Account of plague administration in the Bombay Presidency from September 1896 till May 1897
Year: 1896
Disease focus: Plague
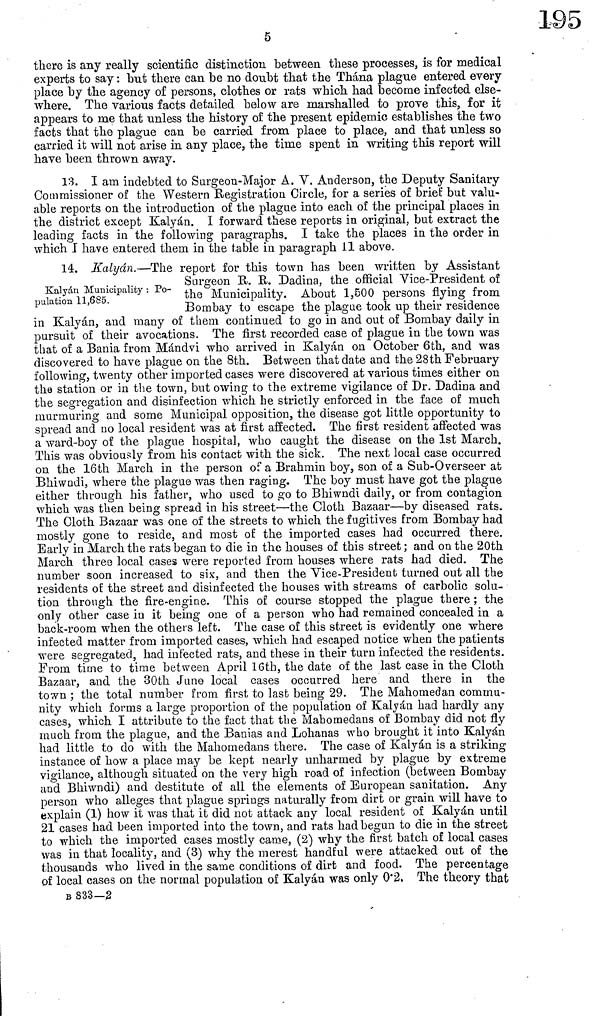
5
there is any really scientific distinction between these processes, is for medical
experts to say : but there can be no doubt that the Thána plague entered every
place by the agency of persons, clothes or rats which had become infected else-
where. The various facts detailed below are marshalled to prove this, for it
appears to me that unless the history of the present epidemic establishes the two
facts that the plague can be carried from place to place, and that unless so
carried it will not arise in any place, the time spent in writing this report will
have been thrown away.
13. I am indebted to Surgeon-Major A. Y. Anderson, the Deputy Sanitary
Commissioner of the Western Registration Circle, for a series of briet' but valu-
able reports on the introduction of the plague into each of the principal places in
the district except Kalyán. I forward these reports in original, but extract the
leading facts in the following paragraphs. I take the places in the order in
which I have entered them in the table in paragraph 11 above.
Kalyán Municipality : Po-
pulation 11,685.
14. Kalyán.—The report for this town has been written by Assistant
Surgeon R. R. Dadina, the official Vice-President of
the Municipality. About 1,500 persons flying from
Bombay to escape the plague took up their residence
in Kalyán, and many of them continued to go in and out of Bombay daily in
pursuit of their avocations. The first recorded case of plague in the town was
that of a Bania from Mándvi who arrived in Kalyán on October 6th, and was
discovered to have plague on the 8th. Between that date and the 28th February
following, twenty other imported cases were discovered at various times either on
the station or in the town, but owing to the extreme vigilance of Dr. Dadina and
the segregation and disinfection which he strictly enforced in the face of much
murmuring and some Municipal opposition, the disease got little opportunity to
spread and no local resident was at first affected. The first resident affected was
a ward-boy of the plague hospital, who caught the disease on the 1st March.
This was obviously from his contact with the sick. The next local case occurred
on the 16th March in the person of a Brahmin boy, son of a Sub-Overseer at
Bhiwndi, where the plague was then raging. The boy must have got the plague
either through his father, who used to go to Bhiwndi daily, or from contagion
which was then being spread in his street—the Cloth Bazaar—by diseased rats.
The Cloth Bazaar was one of the streets to which the fugitives from Bombay had
mostly gone to reside, and most of the imported cases had occurred there.
Early in March the rats began to die in the houses of this street ; and on the 20th
March three local cases were reported from houses where rats had died. The
number soon increased to six, and then the Vice-Président turned out all the
residents of the street and disinfected the houses with streams of carbolic solu-
tion through the fire-engine. This of course stopped the plague there ; the
only other case in it being one of a person who had remained concealed in a
back-room when the others left. The case of this street is evidently one where
infected matter from imported cases, which had escaped notice when the patients
were segregated, had infected rats, and these in their turn infected the residents.
From time to time between April 16th, the date of the last case in the Cloth
Bazaar, and the 30th June local cases occurred here and there in the
town ; the total number from first to last being 29. The Mahomedan commu-
nity which forms a large proportion of the population of Kalyán had hardly any
cases, which I attribute to the fact that the Mahomedans of Bombay did not fly
much from the plague, and the Banias and Lohanas who brought it into Kalyán
had little to do with the Mahomedans there. The case of Kalyán is a striking
instance of how a place may be kept nearly unharmed by plague by extreme
vigilance, although situated on the very high road of infection (between Bombay
and Bhiwndi) and destitute of all the elements of European sanitation. Any
person who alleges that plague springs naturally from dirt or grain will have to
explain (1) how it was that it did not attack any local resident of Kalyán until
21 cases had been imported into the town, and rats had begun to die in the street
to which the imported cases mostly came, (2) why the first batch of local cases
was in that locality, and (3) why the merest handful were attacked out of the
thousands who lived in the same conditions of dirt and food. The percentage
of local cases on the normal population of Kalyán was only 0.2. The theory that
B 833—2